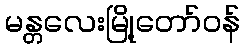
မန္တလေးမြို့တော်ဝန်